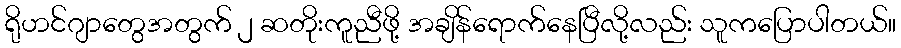
ရိုဟင်ဂျာတွေအတွက် ၂ ဆတိုးကူညီဖို့ အချိန်ရောက်နေပြီလို့လည်း သူကပြောပါတယ်။